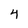
Character: 4